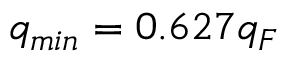
q _ { m i n } = 0 . 6 2 7 q _ { F }